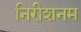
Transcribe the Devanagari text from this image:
निरीशनम